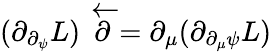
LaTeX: (\partial_{\partial_{\psi}}L)\stackrel{\leftarrow}{\partial}=\partial_{\mu}(\partial_{\partial_{\mu}\psi}L)